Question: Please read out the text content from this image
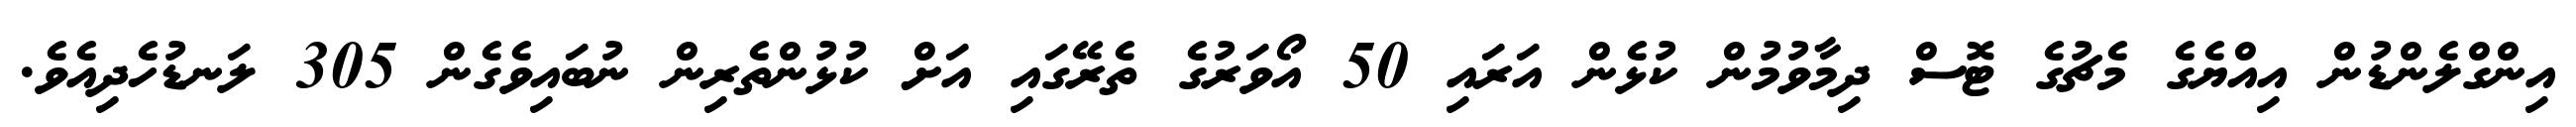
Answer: އިންގްލެންޑުން އިއްޔެގެ މެޗުގެ ޓޮސް ދިމާވުމުން ކުޅެން އަރައި 50 އޯވަރުގެ ތެރޭގައި އަށް ކުޅުންތެރިން ނުބައިވެގެން 305 ލަނޑުހެދިއެވެ.